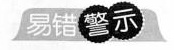
易错警示